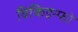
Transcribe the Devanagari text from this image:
विकिइन्फो